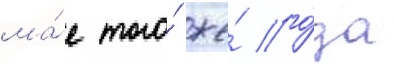
ма́е того́ же́ го́да